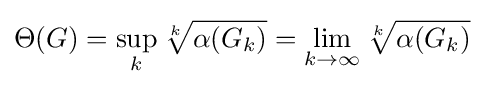
\Theta (G)=\sup _{k}{\sqrt[{k}]{\alpha (G_{k})}}=\lim _{k\rightarrow \infty }{\sqrt[{k}]{\alpha (G_{k})}}